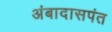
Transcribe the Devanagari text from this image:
अंबादासपंत